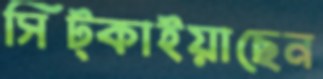
সিট্‌কাইয়াছেন